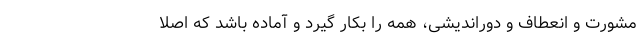
مشورت و انعطاف و دوراندیشی، همه را بکار گیرد و آماده باشد که اصلا